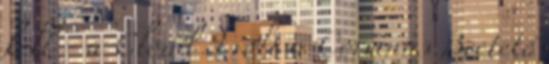
kell - a Cloud 9 volt a Corvinus Beetető